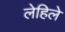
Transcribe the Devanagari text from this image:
लेहिले